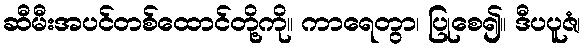
ဆီမီးအပင်တစ်ထောင်တို့ကို။ ကာရေတွာ၊ ပြုစေ၍။ ဒီပပူဇံ၊